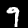
Label: 9